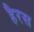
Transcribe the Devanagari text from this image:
हैरस